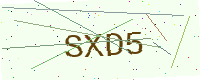
Text: SXD5